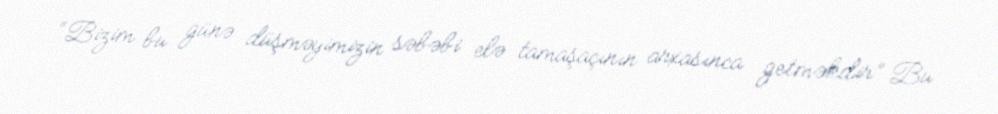
“Bizim bu günə düşməyimizin səbəbi elə tamaşaçının arxasınca getməkdir” Bu